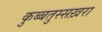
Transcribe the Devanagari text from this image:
कुब्बतुस्सख़रा